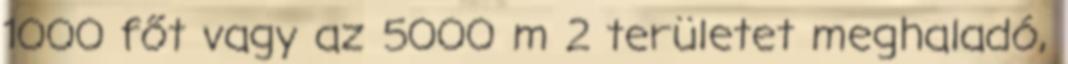
1000 főt vagy az 5000 m 2 területet meghaladó,